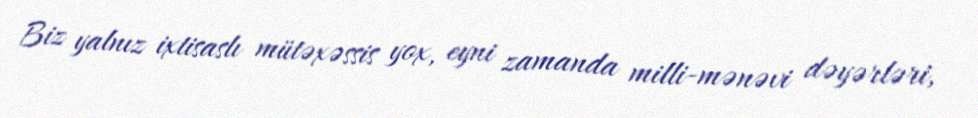
Biz yalnız ixtisaslı mütəxəssis yox, eyni zamanda milli-mənəvi dəyərləri,